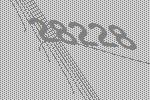
28228